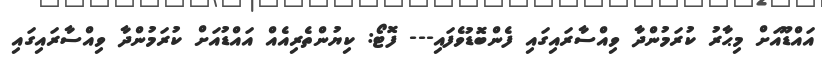
އައްޑޫއަށް މިޙާރު ކުރަމުންދާ ވިއްސާރައިގައި ފެންބޮޑުވެފައި--- ފޮޓޯ: ކިޔުންތެރިއެއް އައްޑުއަށް ކުރަމުންދާ ވިއްސާރައިގައި